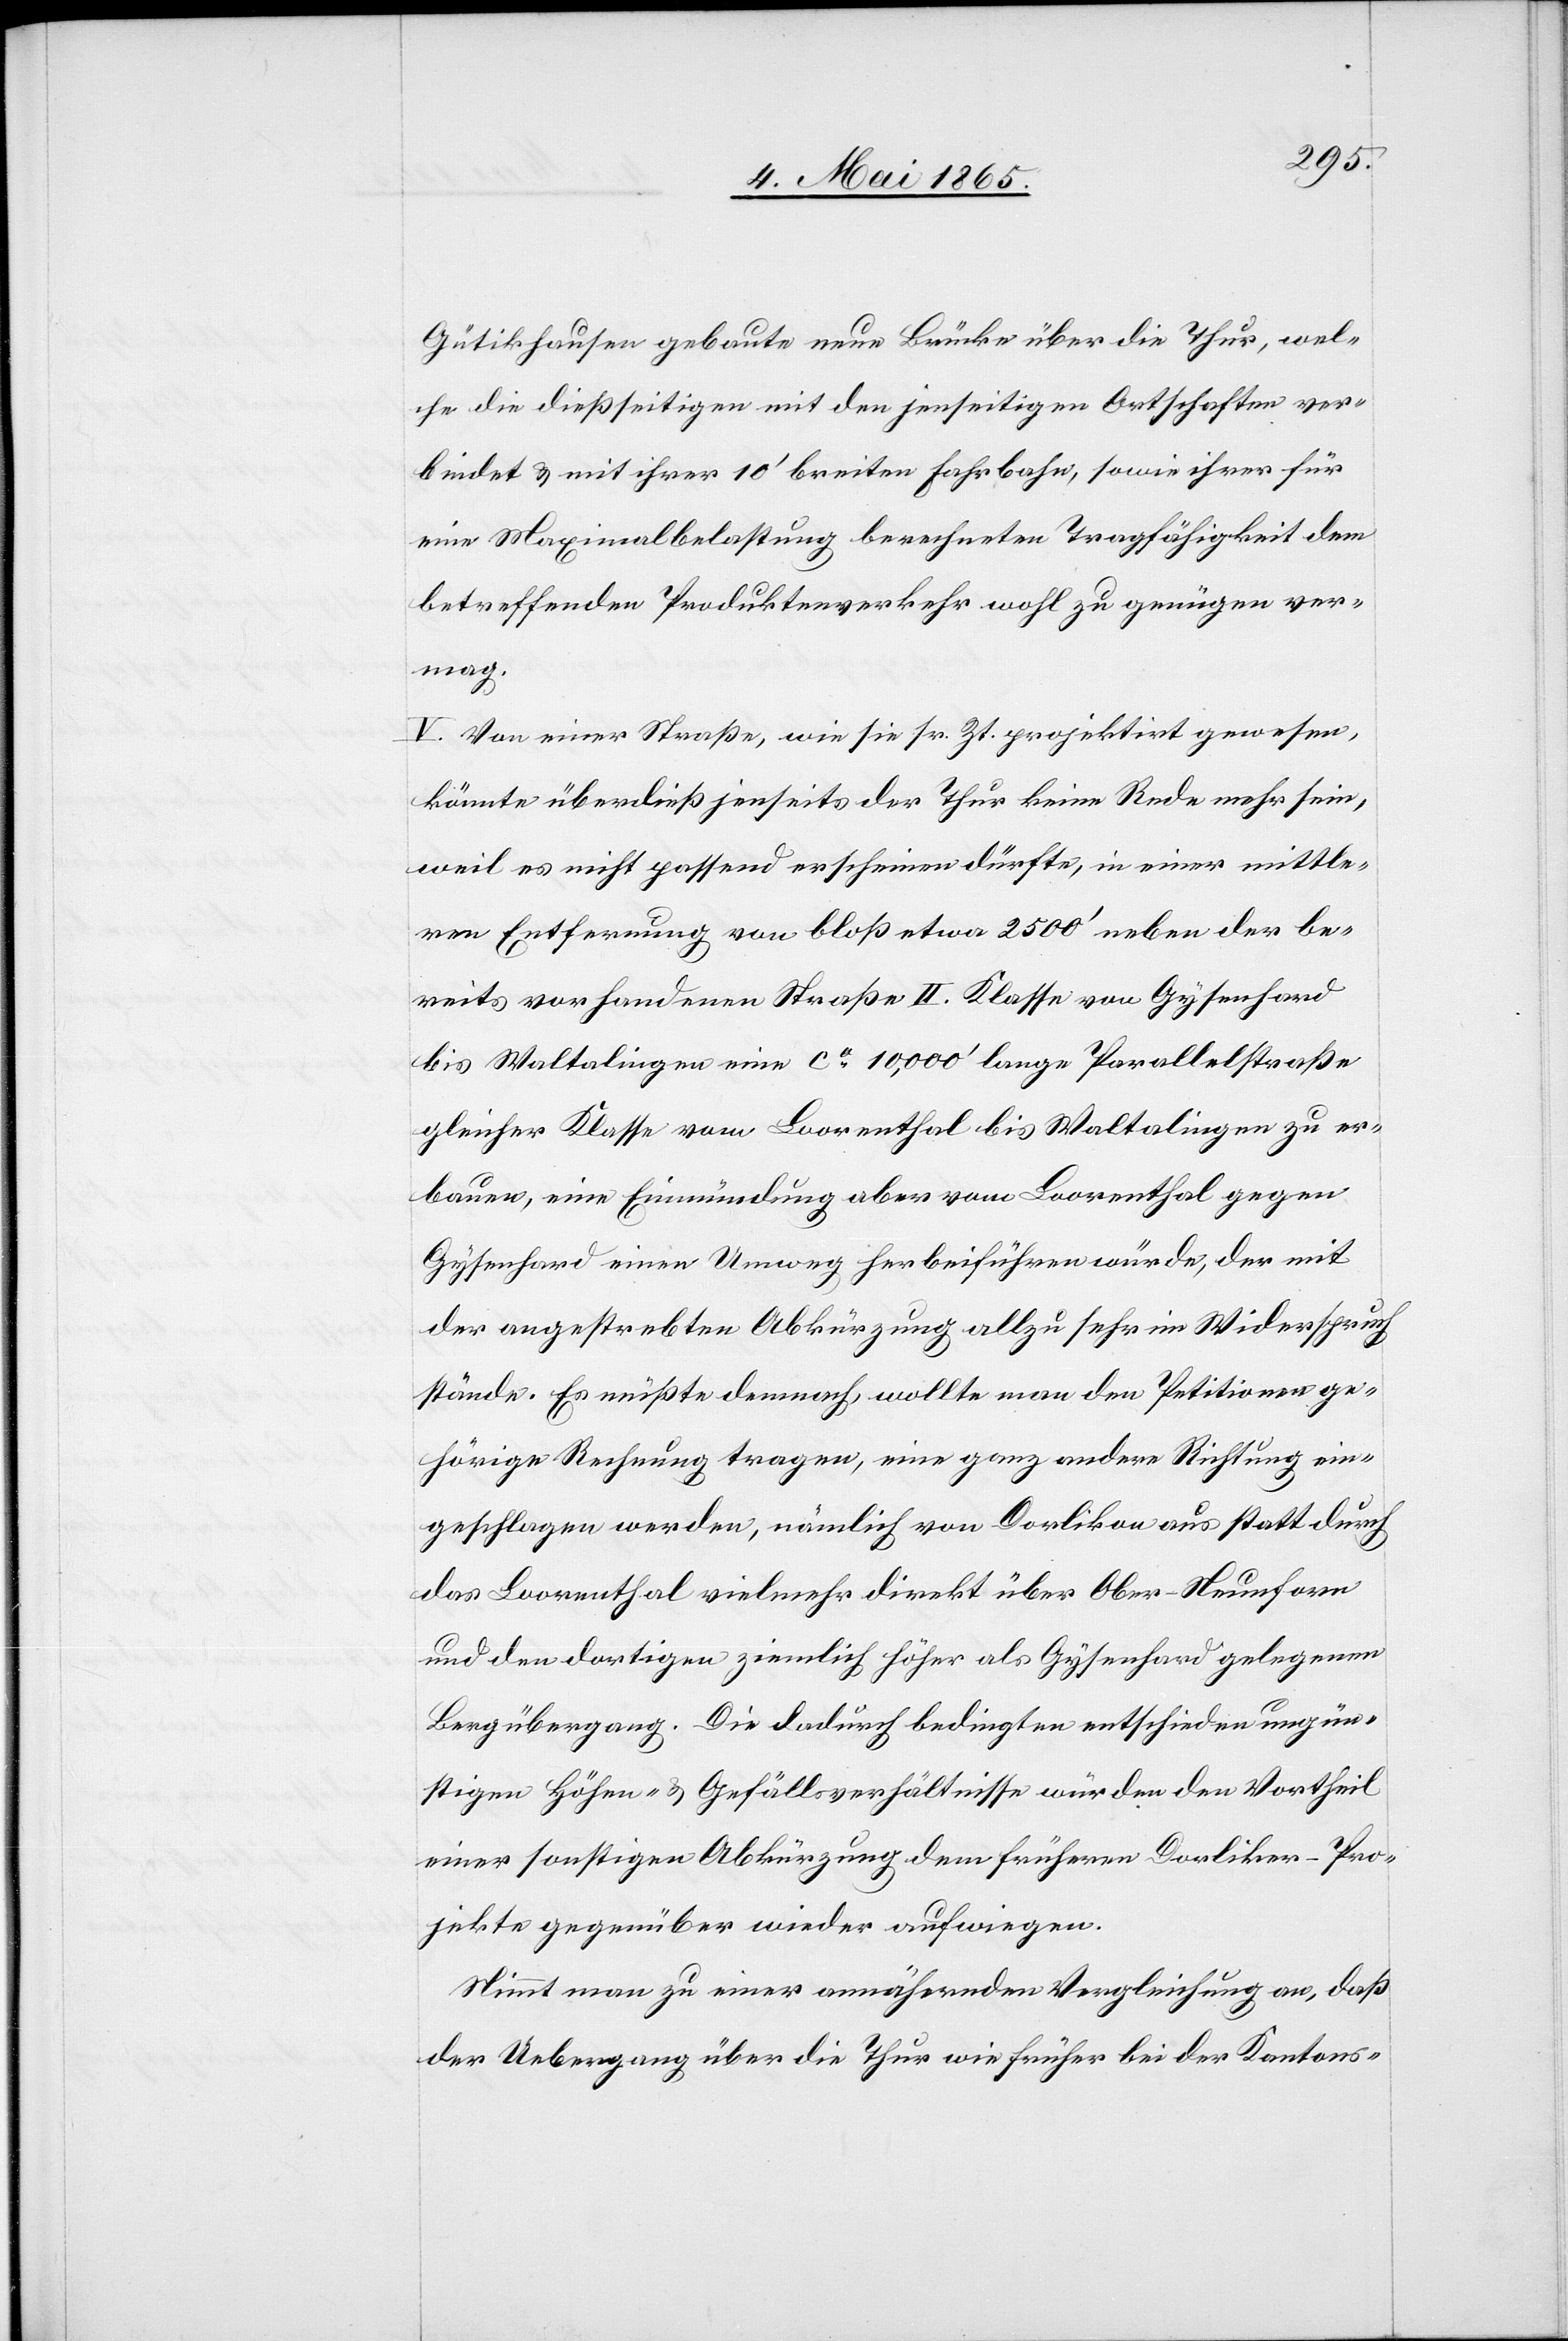
Gütikhausen gebaute neue Brücke über die Thur, wel¬
che die dießseitigen mit den jenseitigen Ortschaften ver¬
bindet & mit ihrer 10’ breiten Fahrbahn, sowie ihrer für
eine Maximalbelastung berechneten Tragfähigkeit dem
betreffenden Produktenverkehr wohl zu genügen ver¬
mag.
V. Von einer Straße, wie sie sr. Zt. projektirt gewesen,
könnte überdieß jenseits der Thur keine Rede mehr sein,
weil es nicht passend erscheinen dürfte, in einer mittle¬
ren Entfernung von bloß etwa 2500’ neben der be¬
reits vorhandenen Straße II. Klasse von Gysenhard
bis Waltalingen eine ca 10,000’ lange Parallelstraße
gleicher Klasse vom Loorenthal bis Waltalingen zu er¬
bauen, eine Einmündung aber vom Lorentahl gegen
Gysenhard einen Umweg herbeiführen würde, der mit
der angestrebten Abkürzung allzu sehr in Widerspruch
stände. Es müßte demnach, wollte man den Petitionen ge¬
hörige Rechnung tragen, eine ganz andere Richtung ein¬
geschlagen werden, nämlich von Dorlikon aus statt durch
das Loorenthal vielmehr direkt über Ober-Neunforn
und den dortigen ziemlich höher als Gysenhard gelegenen
Bergübergang. Die dadurch bedingten entschieden ungün¬
stigen Höhen- & Gefällsverhältnisse würden den Vortheil
einer sonstigen Abkürzung dem früheren Dorliker-Pro¬
jekte gegenüber wieder aufwiegen.
Nimmt man zu einer annähernden Vergleichung an, daß
der Uebergang über die Thur wie früher bei der Kantons-